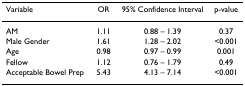
<table><thead><tr><td><b>Variable</b></td><td><b>OR</b></td><td><b>95% Confidence Interval</b></td><td><b>p-value</b></td></tr></thead><tbody><tr><td>AM</td><td>1.11</td><td>0.88 – 1.39</td><td>0.37</td></tr><tr><td>Male Gender</td><td>1.61</td><td>1.28 – 2.02</td><td>&lt;0.001</td></tr><tr><td>Age</td><td>0.98</td><td>0.97 – 0.99</td><td>0.001</td></tr><tr><td>Fellow</td><td>1.12</td><td>0.76 – 1.79</td><td>0.49</td></tr><tr><td>Acceptable Bowel Prep</td><td>5.43</td><td>4.13 – 7.14</td><td>&lt;0.001</td></tr></tbody></table>